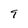
Character: 9